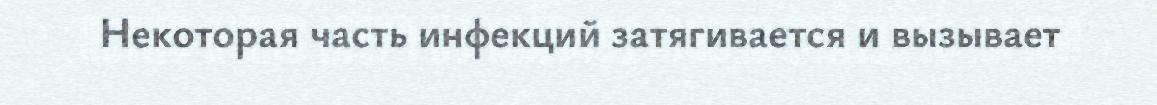
Некоторая часть инфекций затягивается и вызывает